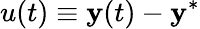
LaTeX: u(t)\equiv\mathbf{y}(t)-\mathbf{y}^{*}